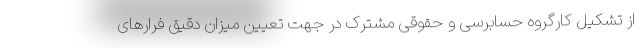
از تشکیل کارگروه حسابرسی و حقوقی مشترک در جهت تعیین میزان دقیق فرارهای